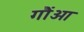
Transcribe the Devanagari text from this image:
गौंओ